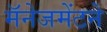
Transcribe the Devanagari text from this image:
मॅनेजमेंटने